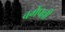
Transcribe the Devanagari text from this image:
बर्गेपल्ली